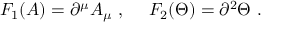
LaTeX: F _ { 1 } ( A ) = \partial ^ { \mu } A _ { \mu } ~ , ~ ~ ~ ~ F _ { 2 } ( \Theta ) = \partial ^ { 2 } \Theta ~ .